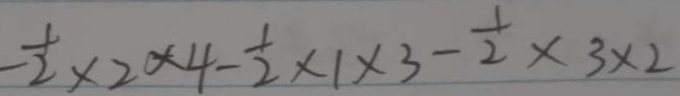
- \frac { 1 } { 2 } \times 2 \times 4 - \frac { 1 } { 2 } \times 1 \times 3 - \frac { 1 } { 2 } \times 3 \times 2